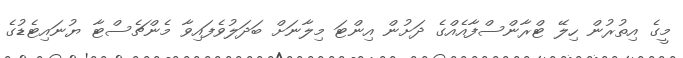
މީގެ އިތުރުން ހިލޭ ޓްރާންސްފާއެއްގެ ދަށުން އިންޓަ މިލާނަށް ބަދަލުވެފައިވާ މެންޗެސްޓާ ޔުނައިޓެޑުގެ